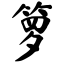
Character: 箩